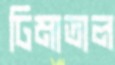
ঢিমাতাল